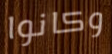
وكانوا